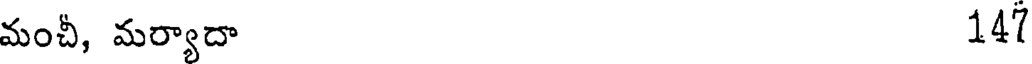
మంచీ, మర్యాదా 14